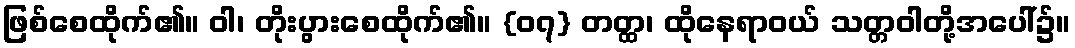
ဖြစ်စေထိုက်၏။ ဝါ၊ တိုးပွားစေထိုက်၏။ {၀၇} တတ္ထ၊ ထိုနေရာဝယ် သတ္တဝါတို့အပေါ်၌။